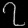
Digit: ၇